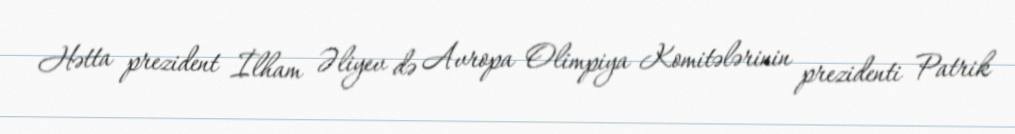
Hətta prezident İlham Əliyev də Avropa Olimpiya Komitələrinin prezidenti Patrik